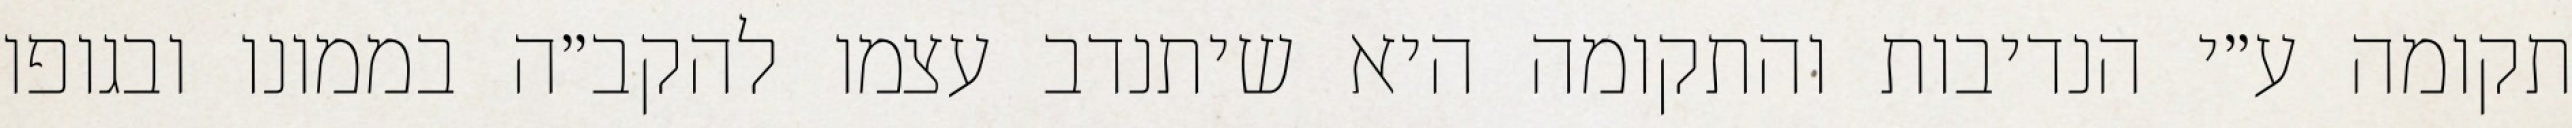
תקומה ע״י הנדיבות והתקומה היא שיתנדב עצמו להקב״ה בממונו ובגופו